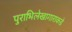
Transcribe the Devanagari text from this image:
पुराभिलेखागाराकडे